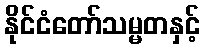
နိုင်ငံတော်သမ္မတနှင့်